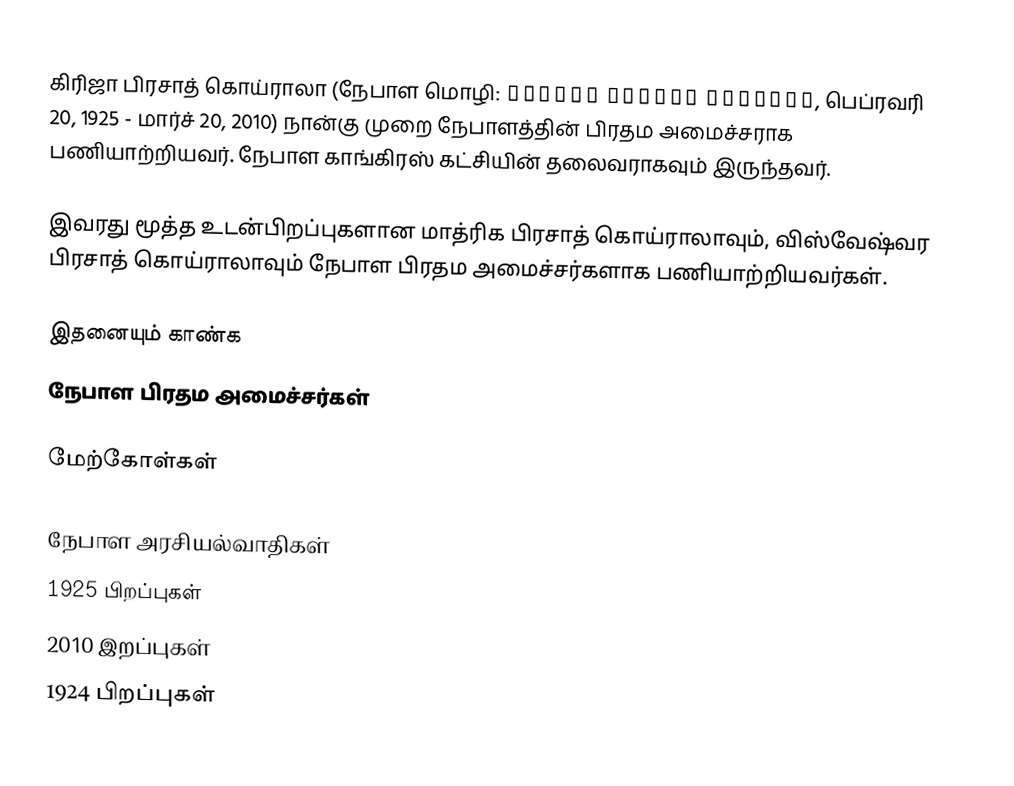
கிரிஜா பிரசாத் கொய்ராலா (நேபாள மொழி: गिरिजा प्रसाद कोइराला, பெப்ரவரி 20, 1925 - மார்ச் 20, 2010) நான்கு முறை நேபாளத்தின் பிரதம அமைச்சராக பணியாற்றியவர். நேபாள காங்கிரஸ் கட்சியின் தலைவராகவும் இருந்தவர்.

இவரது மூத்த உடன்பிறப்புகளான மாத்ரிக பிரசாத் கொய்ராலாவும், விஸ்வேஷ்வர பிரசாத் கொய்ராலாவும் நேபாள பிரதம அமைச்சர்களாக பணியாற்றியவர்கள்.

இதனையும் காண்க
 நேபாள பிரதம அமைச்சர்கள்

மேற்கோள்கள்

நேபாள அரசியல்வாதிகள்
1925 பிறப்புகள்
2010 இறப்புகள்
1924 பிறப்புகள்